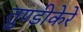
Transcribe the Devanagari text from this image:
तुण्डीकेरे